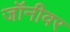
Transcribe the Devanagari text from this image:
जॉनीवर